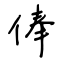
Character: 俸